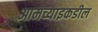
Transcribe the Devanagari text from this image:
आमच्याइकडील